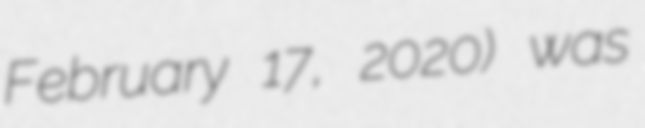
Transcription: February 17, 2020) was